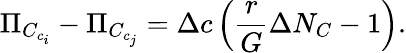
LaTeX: \Pi_{C_{c_{i}}}-\Pi_{C_{c_{j}}}=\Delta c\left(\frac{r}{G}\Delta N_{C}-1\right).